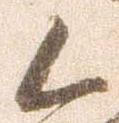
候